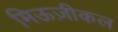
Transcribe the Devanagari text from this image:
मिऊज़ीकल